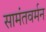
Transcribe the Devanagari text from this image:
सामंतवर्मन